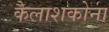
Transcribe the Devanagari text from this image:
कैलाशकोना